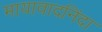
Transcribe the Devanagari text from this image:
मायावादनिंदा